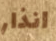
انذار